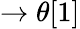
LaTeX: \rightarrow\theta[1]